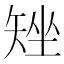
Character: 矬